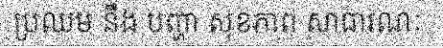
ប្រឈម នឹង បញ្ហា សុខភាព សាធារណៈ